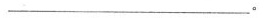
___。